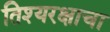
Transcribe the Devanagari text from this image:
तिश्यरक्षाचा